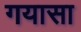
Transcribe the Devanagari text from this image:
गयासा